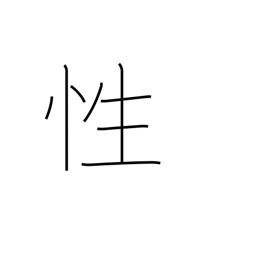
Meaning: sex